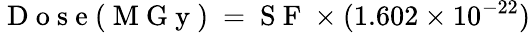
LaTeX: \mathrm{~D~o~s~e~(~M~G~y~)~}=\mathrm{~S~F~}\times(1.602\times 10^{-22})